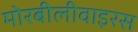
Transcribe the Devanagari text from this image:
मोरबीलीवाइरस